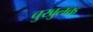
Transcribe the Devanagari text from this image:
चुखुलक